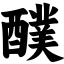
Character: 醭